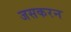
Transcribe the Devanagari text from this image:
जसकरन